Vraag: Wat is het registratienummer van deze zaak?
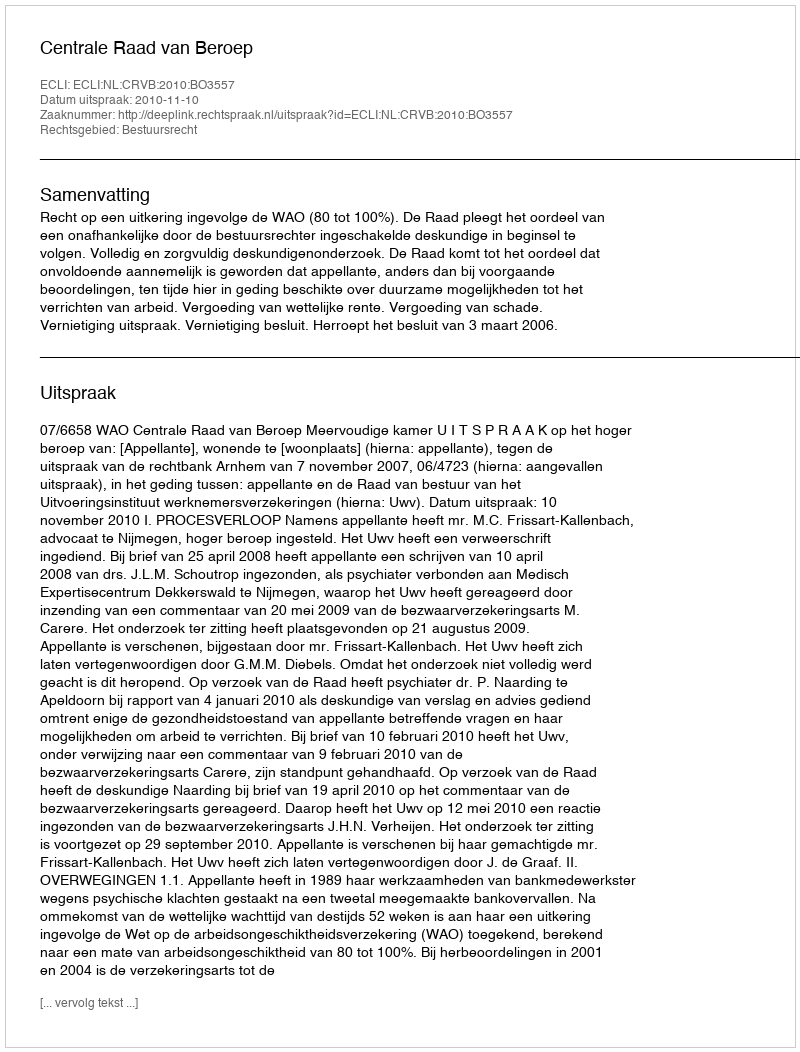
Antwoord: http://deeplink.rechtspraak.nl/uitspraak?id=ECLI:NL:CRVB:2010:BO3557